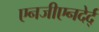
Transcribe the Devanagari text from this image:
एनजीएनदेर्द्